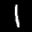
Label: 1